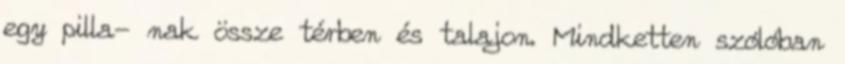
egy pilla- nak össze térben és talajon. Mindketten szólóban